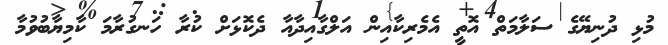
މުޅި ދުނިޔޭގެ ސަލާމަތް އޮތީ އެމެރިކާއިން އަލްގާއިދާއާ ދެކޮޅަށް ކުރާ ހަނގުރާމަ ކާމިޔާބުވުމާ